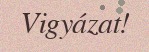
Vigyázat!